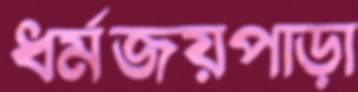
ধর্মজয়পাড়া